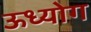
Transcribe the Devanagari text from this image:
ऊध्योग